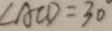
\angle A C D = 3 0 ^ { \circ }